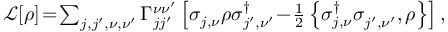
\begin{array} { r } { \mathcal L [ \rho ] \! = \! \sum _ { j , j ^ { \prime } , \nu , \nu ^ { \prime } } \Gamma _ { j j ^ { \prime } } ^ { \nu \nu ^ { \prime } } \left[ \sigma _ { j , \nu } ^ { \phantom { \dagger } } \rho \sigma _ { j ^ { \prime } , \nu ^ { \prime } } ^ { \dagger } \! - \! \frac { 1 } { 2 } \left\{ \sigma _ { j , \nu } ^ { \dagger } \sigma _ { j ^ { \prime } , \nu ^ { \prime } } ^ { \phantom { \dagger } } , \rho \right\} \right] , } \end{array}